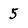
Character: 5